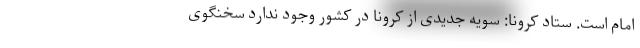
امام است. ستاد کرونا: سویه جدیدی از کرونا در کشور وجود ندارد سخنگوی